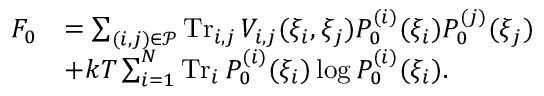
{ \begin{array} { r l } { F _ { 0 } } & { = \sum _ { ( i , j ) \in { \mathcal { P } } } \operatorname { T r } _ { i , j } V _ { i , j } ( \xi _ { i } , \xi _ { j } ) P _ { 0 } ^ { ( i ) } ( \xi _ { i } ) P _ { 0 } ^ { ( j ) } ( \xi _ { j } ) } \\ & { + k T \sum _ { i = 1 } ^ { N } \operatorname { T r } _ { i } P _ { 0 } ^ { ( i ) } ( \xi _ { i } ) \log P _ { 0 } ^ { ( i ) } ( \xi _ { i } ) . } \end{array} }